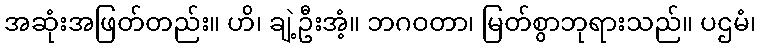
အဆုံးအဖြတ်တည်း။ ဟိ၊ ချဲ့ဦးအံ့။ ဘဂဝတာ၊ မြတ်စွာဘုရားသည်။ ပဌမံ၊